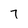
Character: 7